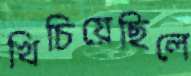
খিচিয়েছিলে